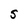
Character: S